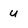
Character: u